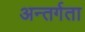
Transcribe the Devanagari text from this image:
अन्तर्गता